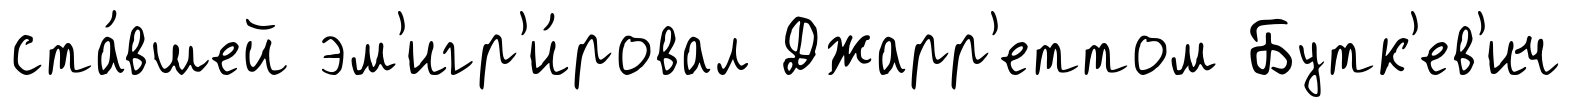
ста́вшей эм'игр'и́ровал Джарр'еттом Бутк'ев'ич